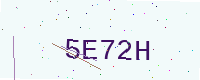
Text: 5E72H